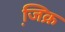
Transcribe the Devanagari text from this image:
जि़क्र